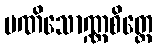
မဏိသောဏ္ဏစိတ္တေ